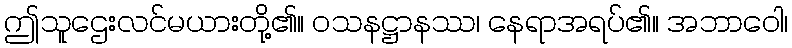
ဤသူဌေးလင်မယားတို့၏။ ဝသနဋ္ဌာနဿ၊ နေရာအရပ်၏။ အဘာဝေါ၊